Training of teachers. Junior students, 1910
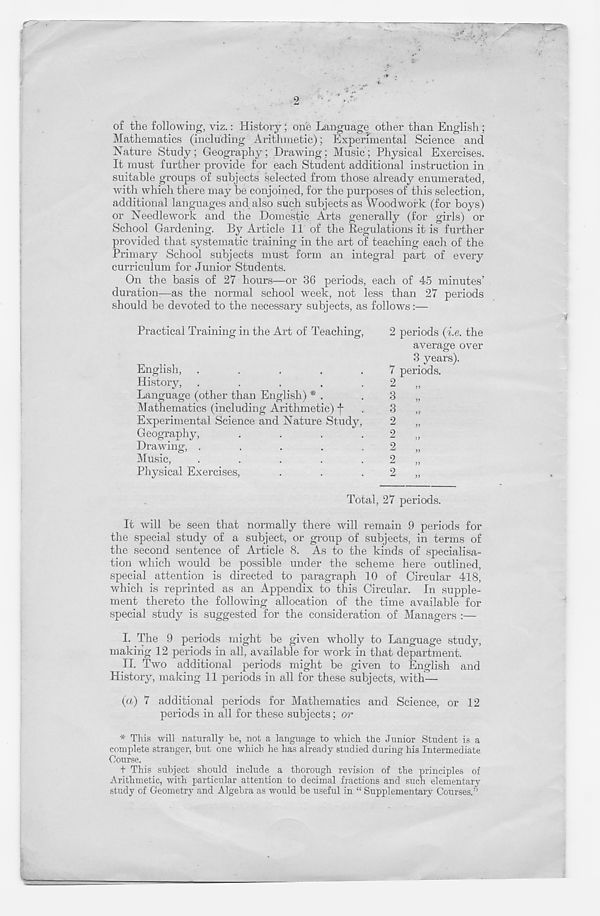
2
of the following, viz.: History; one Language other than English;
Mathematics (including Arithmetic); Experimental Science and
Nature Study; Geography; Drawing; Music; Physical Exercises.
It must further provide for each Student additional instruction in
suitable groups of subjects selected from those already enumerated,
with which there may be conjoined, for the purposes of this selection,
additional languages and also such subjects as Woodwork (for boys)
or Needlework and the Domestic Arts generally (for girls) or
School Gardening. By Article 11 of the Regulations it is further
provided that systematic training in the art of teaching each of the
Primary School subjects must form an integral part of every
curriculum for Junior Students.
On the basis of 27 hours—or 36 periods, each of 45 minutes’
duration—as the normal school week, not less than 27 periods
should be devoted to the necessary subjects, as follows:—
Practical Training in the Art of Teaching,
English, .....
History, .....
Language (other than English) * .
Mathematics (including Arithmetic) f
Experimental Science and Nature Study,
Geography,
....
Drawing, .....
Music,
.....
Physical Exercises,
Total, 27 periods.
It will be seen that normally there will remain 9 periods for
the special study of a subject, or group of subjects, in terms of
the second sentence of Article 8. As to the kinds of specialisa-
tion which would be possible under the scheme here outlined,
special attention is directed to paragraph 10 of Circular 418,
which is reprinted as an Appendix to this Circular. In supple-
ment thereto the following allocation of the time available for
special study is suggested for the consideration of Managers :—
I. The 9 periods might be given wholly to Language study,
making 12 periods in all, available for work in that department.
II. Two additional periods might be given to English and
History, making 11 periods in all for these subjects, with—
(a) 7 additional periods for Mathematics and Science, or 12
periods in all for these subjects; or
* This will naturally be, not a language to which the Junior Student is a
complete stranger, but one which he has already studied during his Intermediate
Oourse.
t This subject should include a thorough revision of the principles of
Arithmetic, with particular attention to decimal fractions and such elementary
study of Geometry and Algebra as would be useful in “ Supplementary Courses/'
2 periods (i.e. the
average over
3 years).
7 periods.
2
„
3
„
3
„
2
2
’’
2
„
2
„
2
„